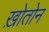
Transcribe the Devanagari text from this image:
ख़ोतोन